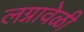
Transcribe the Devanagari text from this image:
लग्नावेळी